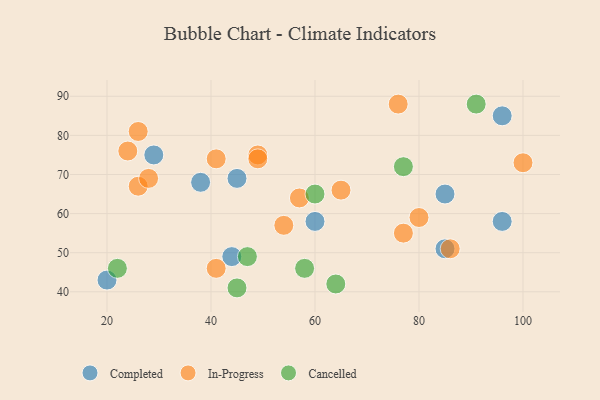
{"axis": {"x": "GDP", "y": "Life Expectancy"}, "legend": ["Cancelled", "Completed", "In-Progress"], "data": [{"x": "45", "y": 69, "type": "Completed"}, {"x": "38", "y": 68, "type": "Completed"}, {"x": "96", "y": 85, "type": "Completed"}, {"x": "20", "y": 43, "type": "Completed"}, {"x": "85", "y": 65, "type": "Completed"}, {"x": "85", "y": 51, "type": "Completed"}, {"x": "60", "y": 58, "type": "Completed"}, {"x": "44", "y": 49, "type": "Completed"}, {"x": "96", "y": 58, "type": "Completed"}, {"x": "29", "y": 75, "type": "Completed"}, {"x": "86", "y": 51, "type": "In-Progress"}, {"x": "77", "y": 55, "type": "In-Progress"}, {"x": "26", "y": 81, "type": "In-Progress"}, {"x": "26", "y": 67, "type": "In-Progress"}, {"x": "76", "y": 88, "type": "In-Progress"}, {"x": "41", "y": 46, "type": "In-Progress"}, {"x": "65", "y": 66, "type": "In-Progress"}, {"x": "54", "y": 57, "type": "In-Progress"}, {"x": "49", "y": 75, "type": "In-Progress"}, {"x": "24", "y": 76, "type": "In-Progress"}, {"x": "28", "y": 69, "type": "In-Progress"}, {"x": "57", "y": 64, "type": "In-Progress"}, {"x": "80", "y": 59, "type": "In-Progress"}, {"x": "41", "y": 74, "type": "In-Progress"}, {"x": "100", "y": 73, "type": "In-Progress"}, {"x": "49", "y": 74, "type": "In-Progress"}, {"x": "45", "y": 41, "type": "Cancelled"}, {"x": "91", "y": 88, "type": "Cancelled"}, {"x": "60", "y": 65, "type": "Cancelled"}, {"x": "22", "y": 46, "type": "Cancelled"}, {"x": "47", "y": 49, "type": "Cancelled"}, {"x": "58", "y": 46, "type": "Cancelled"}, {"x": "77", "y": 72, "type": "Cancelled"}, {"x": "64", "y": 42, "type": "Cancelled"}]}